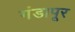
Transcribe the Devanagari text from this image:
गंडापूर